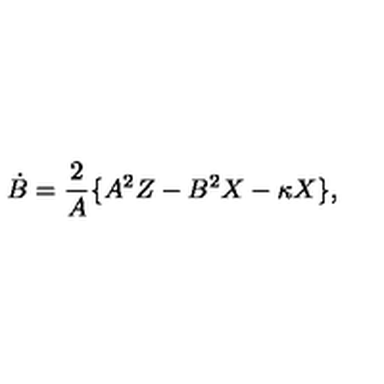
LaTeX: \dot { B } = \frac { 2 } { A } \{ A ^ { 2 } Z - B ^ { 2 } X - \kappa X \} ,